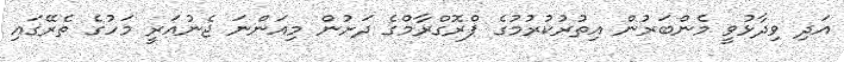
އަދި ވިދާޅުވީ މެންބަރުން އިތުރުކުރުމުގެ ޕްރޮގްރާމްގެ ދަށުން މިއަންނަ ޖެނުއަރީ މަހުގެ ތެރޭގައި